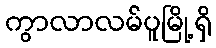
ကွာလာလမ်ပူမြို့ရှိ